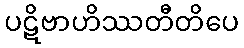
ပဋိဗာဟိဿတီတိပေ